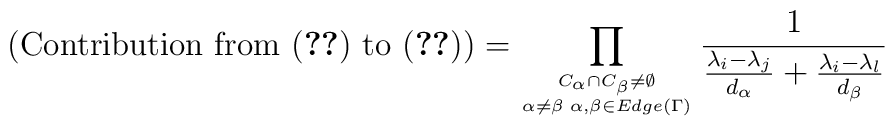
(\mbox {Contribution from (\ref{43}) to (\ref{34})}) =\prod_{{C_{\alpha}\cap C_{\beta}\neq\emptyset}\atop{\alpha\neq\beta\;\alpha,\beta\in Edge(\Gamma)}}\frac{1}{\frac{\lambda_{i}-\lambda_{j}}{d_{\alpha}}+\frac{\lambda_{i}-\lambda_{l}}{d_{\beta}}}